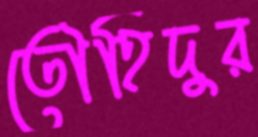
তৌহিদুর